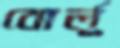
বোর্লু